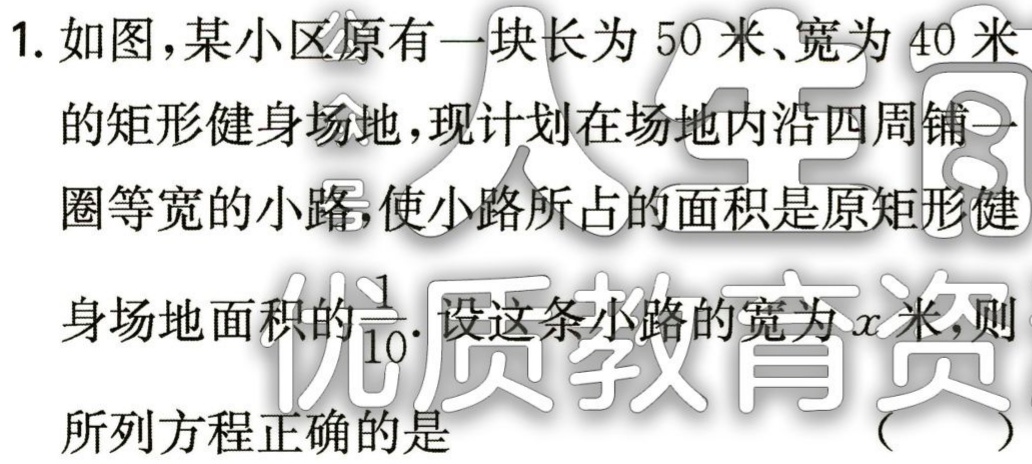
1. 如图，某小区原有一块长为 50 米、宽为 40 米
的矩形健身场地，现计划在场地内沿四周铺一
圈等宽的小路，使小路所占的面积是原矩形健
身场地面积的$\frac{1}{10}$. 设这条小路的宽为$x$米，则
所列方程正确的是 （  ）